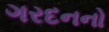
ગરદનનો